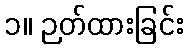
၁။ ဉတ်ထားခြင်း